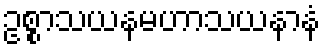
ဥစ္စာသယနမဟာသယနာနံ